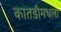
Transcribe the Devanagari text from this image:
कातडीमधला